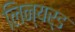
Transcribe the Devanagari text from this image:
लिन्यर्ड